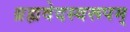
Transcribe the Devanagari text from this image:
ब्रह्मवेदस्वरूपम्